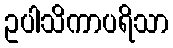
ဥပါသိကာပရိသာ